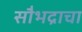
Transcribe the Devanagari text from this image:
सौभद्राचा